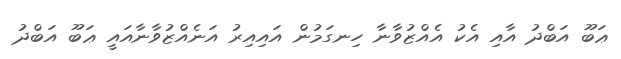
ޢަބޫ އަބްދު އާއި އެކު އެއްޒުވާނާ ހިނގަމުން އައިއިރު އަނެއްޒުވާނާއައީ ޢަބޫ އަބްދު